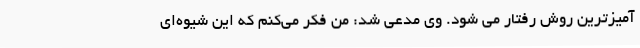
آمیزترین روش رفتار می شود. وی مدعی شد: من فکر می‌کنم که این شیوه‌ای